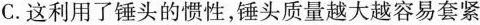
C.这利用了锤头的惯性，锤头质量越大越容易套紧